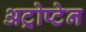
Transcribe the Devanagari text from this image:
अट्रोप्टेन